Report of the Indian Hemp Drugs Commission, 1894-1895 - Volume V
Year: 1894
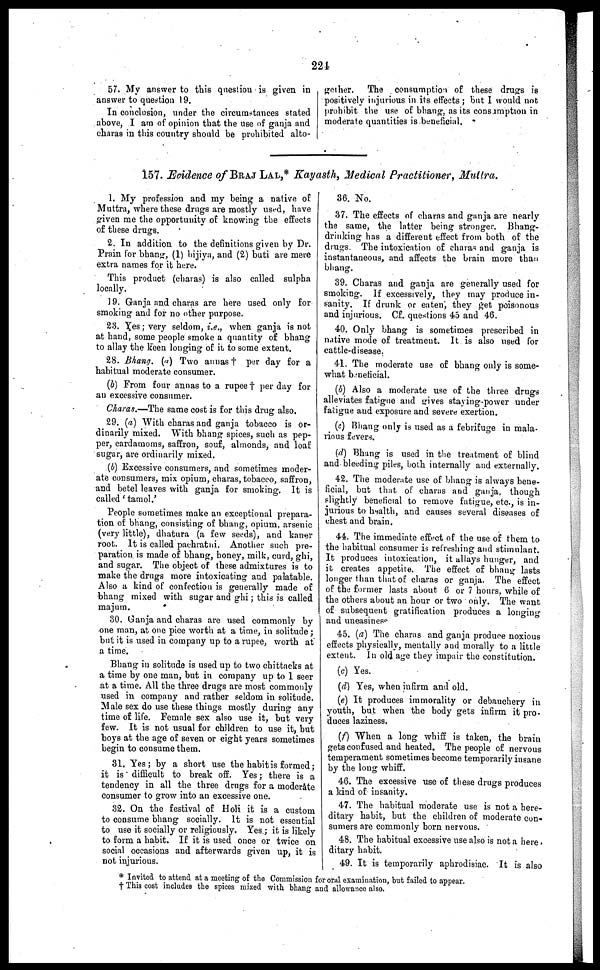
224
57. My answer to this question is given in
answer to question 19.
In conclusion, under the circumstances stated
above, I am of opinion that the use of ganja and
charas in this country should be prohibited alto-
gether.
The consumption of these drugs is
positively injurious in its effects ; but I would not
prohibit the use of bhang, as its consumption in
moderate quantities is beneficial.
157. Evidence of BRAJ LAL,* Kayasth, Medical Practitioner, Muttra.
1. My profession and my being a native of
Muttra, where these drugs are mostly used, have
given me the opportunity of knowing the effects
of these drugs.
2. In addition to the definitions given by Dr.
Prain for bhang, (1) bijiya, and (2) buti are mere
extra names for it here.
This product (charas) is also called sulpha
locally.
19. Ganja and charas are here used only for
smoking and for no other purpose.
23. Yes ; very seldom, i.e., when ganja is not
at hand, some people smoke a quantity of bhang
to allay the keen longing of it to some extent.
28. Bhang. (a) Two annas† per day for a
habitual moderate consumer.
(b) From four annas to a rupee † per day for
an excessive consumer.
Charas.—The same cost is for this drug also.
29. (a) With charas and ganja tobacco is or-
dinarily mixed. With bhang spices, such as pep-
per, cardamoms, saffron, souf, almonds, and loaf
sugar, are ordinarily mixed.
(b) Excessive consumers, and sometimes moder-
ate consumers, mix opium, charas, tobacco, saffron,
and betel leaves with ganja for smoking. It is
called 'tamol.'
People sometimes make an exceptional prepara-
tion of bhang, consisting of bhang, opium, arsenic
(very little), dhatura (a few seeds), and kaner
root. It is called pachratni. Another such pre-
paration is made of bhang, honey, milk, curd, ghi,
and sugar. The object of these admixtures is to
make the drugs more intoxicating and palatable.
Also a kind of confection is generally made of
bhang mixed with sugar and ghi ; this is called
majum.
30. Ganja and charas are used commonly by
one man, at one pice worth at a time, in solitude ;
but it is used in company up to a rupee, worth at
a time.
Bhang in solitude is used up to two chittacks at
a time by one man, but in company up to 1 seer
at a time. All the three drugs are most commonly
used in company and rather seldom in solitude.
Male sex do use these things mostly during any
time of life. Female sex also use it, but very
few. It is not usual for children to use it, but
boys at the age of seven or eight years sometimes
begin to consume them.
31. Yes ; by a short use the habit is formed ;
it is difficult to break off. Yes ; there is a
tendency in all the three drugs for a moderate
consumer to grow into an excessive one.
32. On the festival of Holi it is a custom
to consume bhang socially. It is not essential
to use it socially or religiously. Yes ; it is likely
to form a habit. If it is used once or twice on
social occasions and afterwards given up, it is
not injurious.
36. No.
37. The effects of charas and ganja are nearly
the same, the latter being stronger. Bhang-
drinking has a different effect from both of the
drugs. The intoxication of charas and ganja is
instantaneous, and affects the brain more than
bhang.
39. Charas and ganja are generally used for
smoking. If excessively, they may produce in-
sanity. If drunk or eaten, they get poisonous
and injurious. Cf. questions 45 and 46.
40. Only bhang is sometimes prescribed in
native mode of treatment. It is also used for
cattle-disease.
41. The moderate use of bhang only is some-
what beneficial.
(6) Also a moderate use of the three drugs
alleviates fatigue and gives staying power under
fatigue and exposure and severe exertion.
(c) Bhang only is used as a febrifuge in mala-
rious fevers.
(d) Bhang is used in the treatment of blind
and bleeding piles, both internally and externally.
42. The moderate use of bhang is always bene-
ficial, but that of charas and ganja, though
slightly beneficial to remove fatigue, etc., is in-
jurious to health, and causes several diseases of
chest and brain.
44. The immediate effect of the use of them to
the habitual consumer is refreshing and stimulant.
It produces intoxication, it allays hunger, and
it creates appetite. The effect of bhang lasts
longer than that of charas or ganja. The effect
of the former lasts about 6 or 7 hours, while of
the others about an hour or two only. The want
of subsequent gratification produces a longing
and uneasiness
45. (a) The charas and ganja produce noxious
effects physically, mentally and morally to a little
extent. In old age they impair the constitution.
(c) Yes.
(d) Yes, when infirm and old.
(e) It produces immorality or debauchery in
youth, but when the body gets infirm it pro-
duces laziness.
(f) When a long whiff is taken, the brain
gets confused and heated. The people of nervous
temperament sometimes become temporarily insane
by the long whiff.
46. The excessive use of these drugs produces
a kind of insanity.
47. The habitual moderate use is not a here-
ditary habit, but the children of moderate con-
sumers are commonly born nervous.
48. The habitual excessive use also is not a here
ditary habit.
49. It is temporarily aphrodisiac. It is also
* Invited to attend at a meeting of the Commission for oral examination, but failed to appear.
† This cost includes the spices mixed with bhang and allowance also.